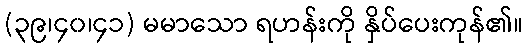
(၃၉၊၄၀၊၄၁) မမာသော ရဟန်းကို နှိပ်ပေးကုန်၏။